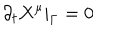
LaTeX: \partial _ { t } X ^ { \mu } | _ { \Gamma } = 0